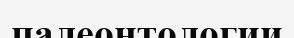
палеонтологии